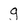
Character: q